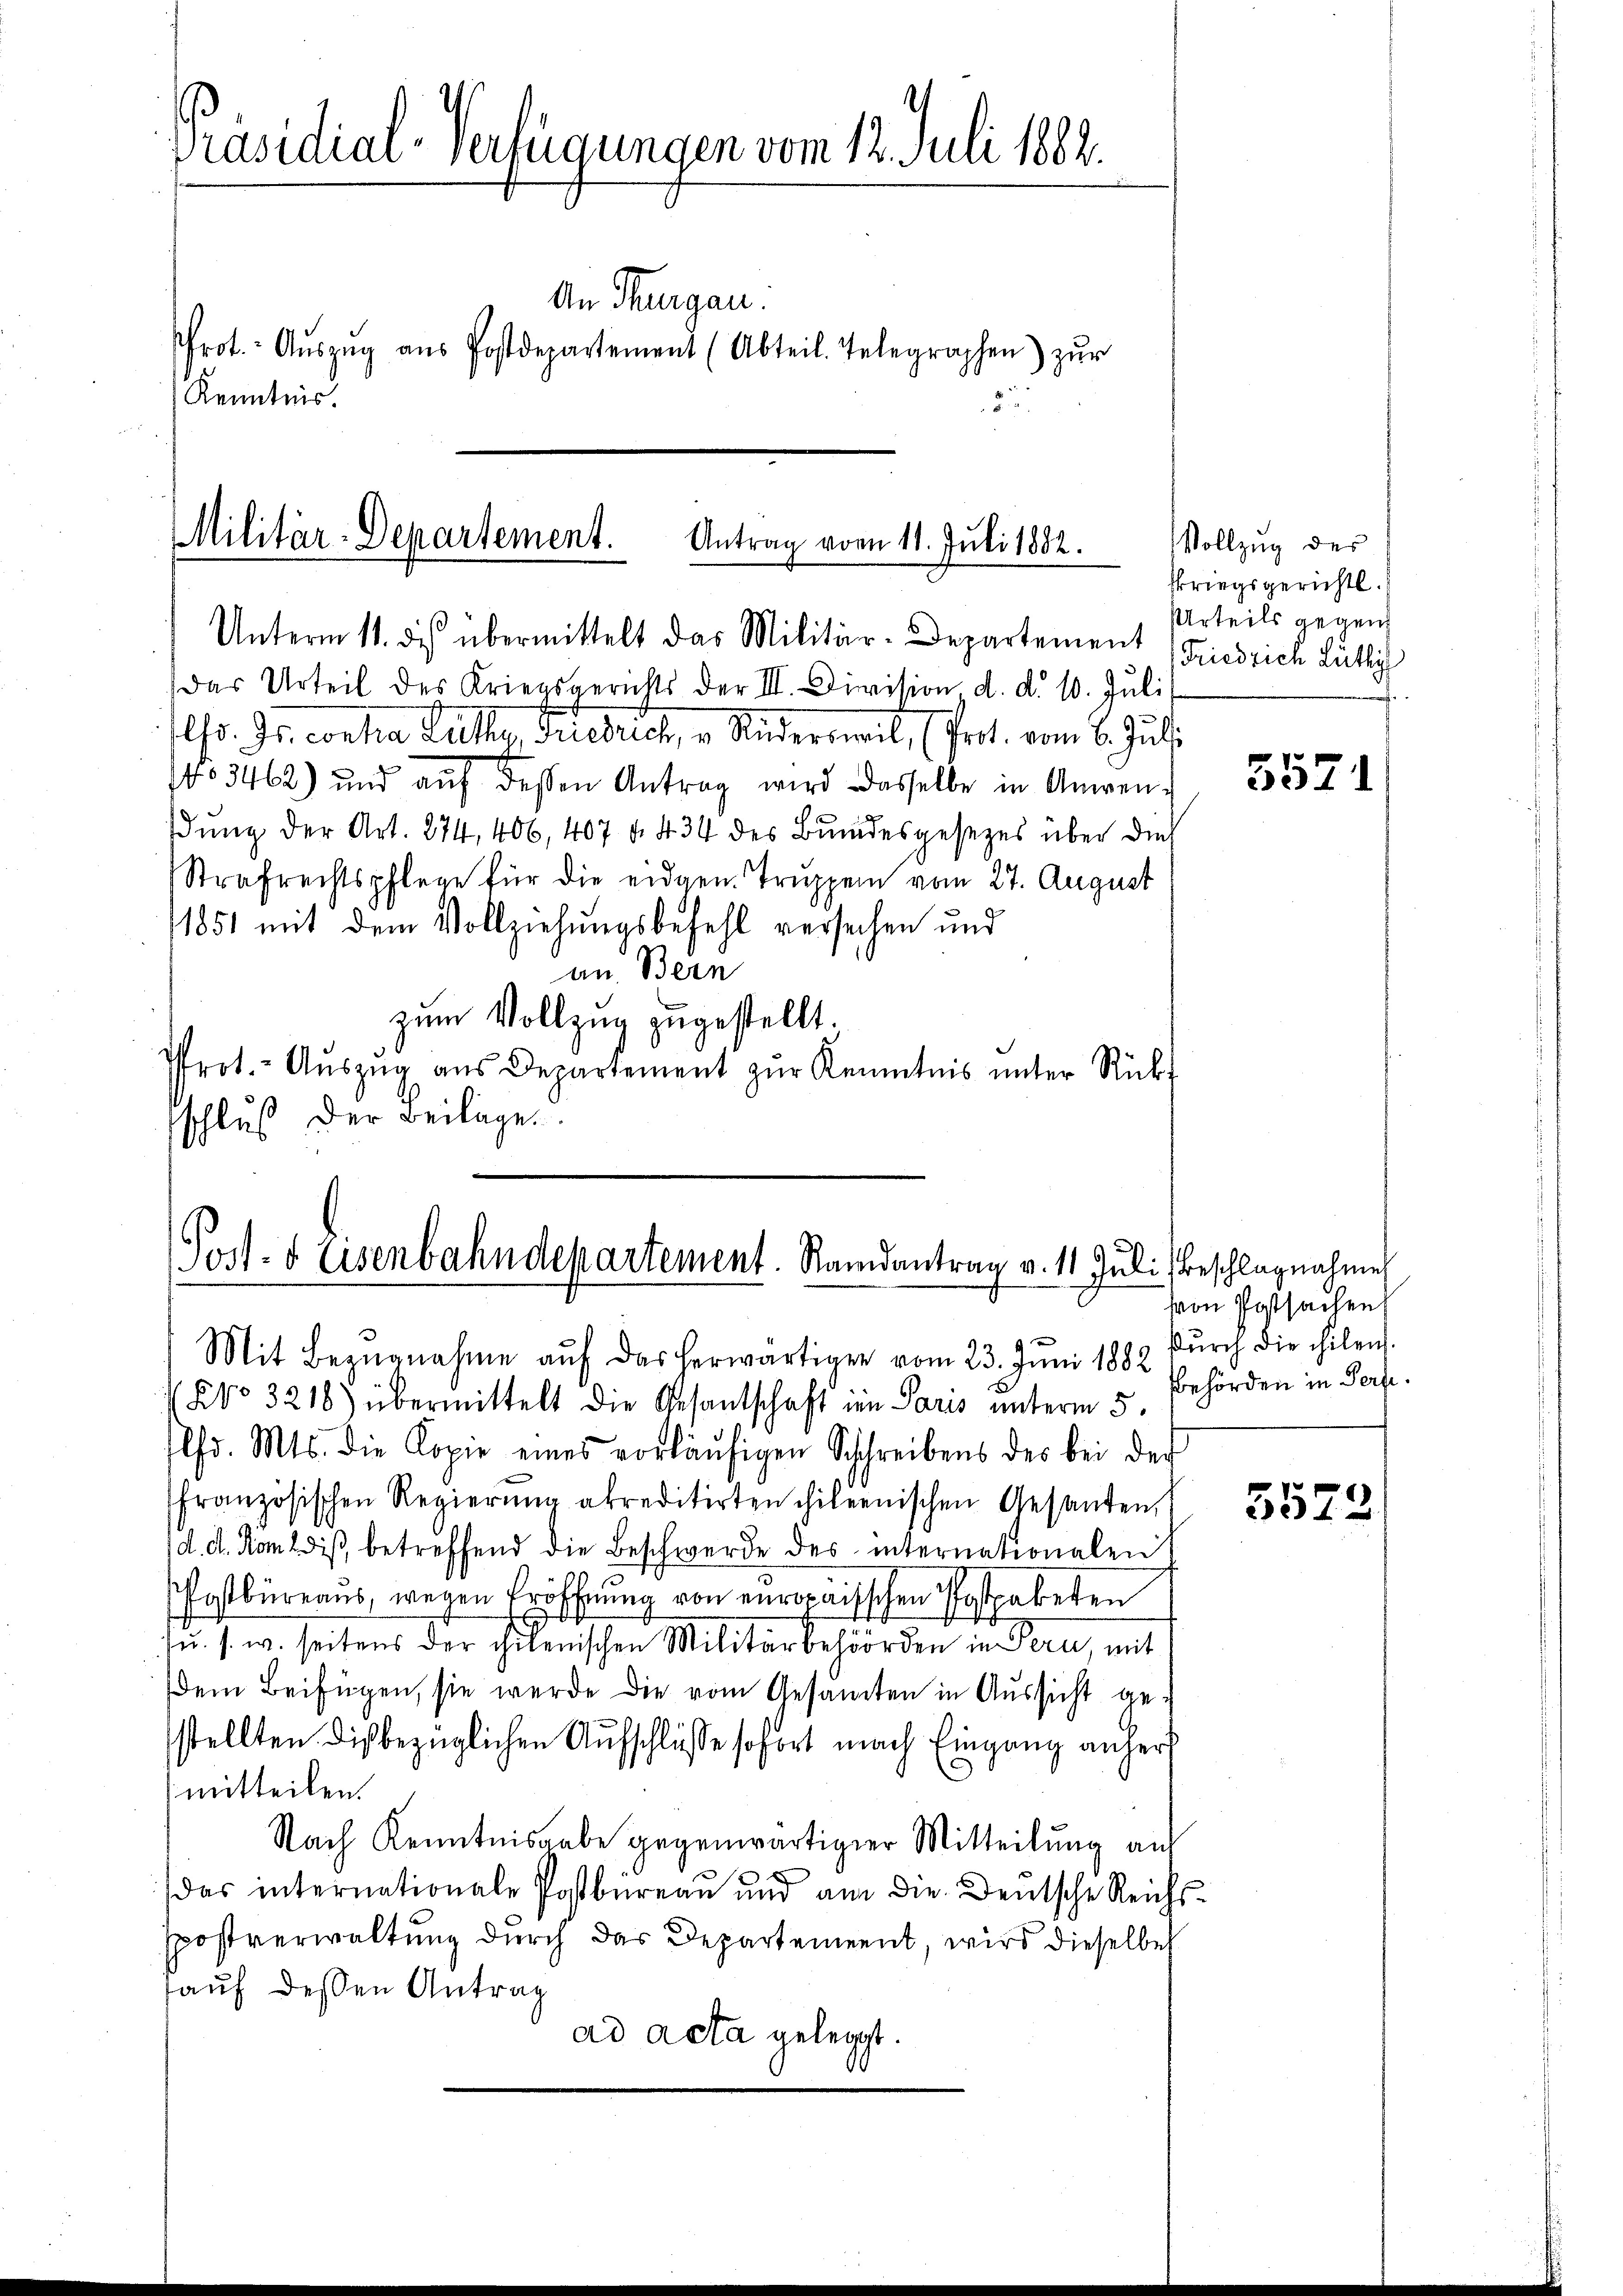
Präsidial-Verfügungen vom 12. Juli 1882.
An Thurgau.
Prot. Aŭszŭg aŭs Postdepartement (Abteil. Telegraphen) zŭr
Kenntnis.

Militär-Departement.
Antrag vom 11. Juli 1882.

Unterm 11. des übermittelt das Militär-Departement (Friedrich Lüthig
Das Urteil des Kriegsgerichts der III. Division d. d. 10. Juli
r. Dr. conna Lutter, Fiebes, v. Riedermais, (Prot. vom 6. Juli
No 3462) und aŭf dessen Antrag wird dasselbe in Anwendung der Art. 274. 406, 407 f. 434 des Bundesgesezes über dies
Strafrechtspflege für die eidgen. Truppen vom 27. August
1851 mit dem Vollziehungsbefehl versechen und
an Bern
zum Vollzug zugestellt.
Prot.- Aŭszŭg aŭs Departement zŭr Kenntnis ŭnter Rückf
schluß der Beilage.

Post- & Eisenbahndepartement. Randantrag v. 11 Juli Beschlagnahme
Mit Bezŭgnahme aŭf das herwärtigen vom 23. Jŭni 1882 dŭrch die hilen.

Vollzug des
skriegsgerichtl.
Urteils gegen
.

NNo. 3218) übermittelt die Gesantschaft in Paris unterm 5.
lfd. Mts. die Kopie eines vorläŭfigen Schreibens des bei der
französischen Regierŭng akreditirten chilienischen Gesanten,
d. d. Komedis, betreffend die Beschwerde des internationalen
Postbüreaus, wegen Eröffnung von europaisischen Postpaketen
u. s. w. seitens der chilenischen Militärbehörden in Pern, mit
dem Beifügen, sie werde die vom Gesamten in Aussicht gestellten dis bezüglichen Aufschlüsse sofort nach Eingang anher
mitteilen.
Nach Kenntnisgabe gegenwärtiger Mitteilung auf
das internationale Postbüreaŭ ŭnd am die Deutsche Reichs-
spostverwaltung durch das Departement, wird dieselbe
auf dessen Antrag
ad acta gelegt.

5571

von Postsachen
Bbehörden in Perfe.

5522